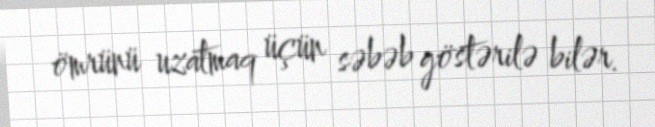
ömrünü uzatmaq üçün səbəb göstərilə bilər.